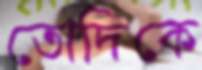
তোদিকে